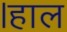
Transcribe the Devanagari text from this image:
।हाल